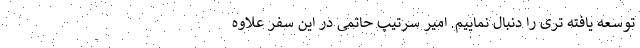
توسعه یافته تری را دنبال نماییم. امیر سرتیپ حاتمی در این سفر علاوه